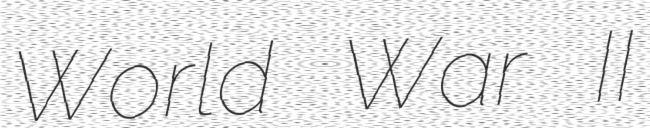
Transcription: World War II